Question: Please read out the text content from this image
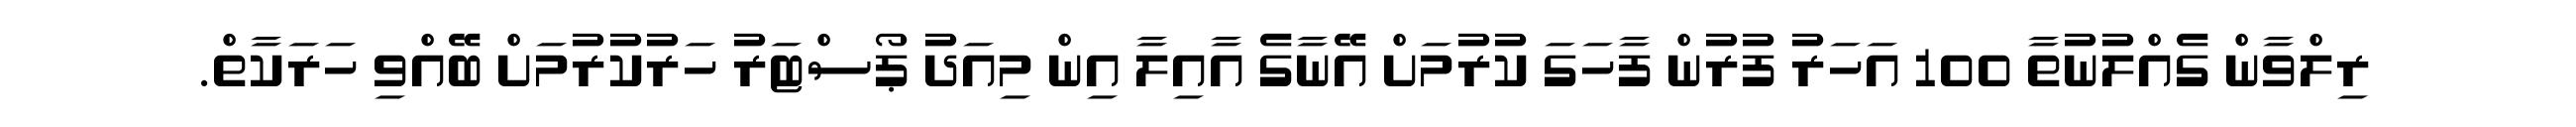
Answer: ރިލްވާން ގެއްލުނުތާ 100 އަހަރު ފުރުން ފާހަގަ ކުރުމަށް އޭނާގެ އާއިލާ އިން މިއަދު ޕޯސްޓަރު ހަރުކުރުމަށް ބޭއްވި ހަރަކާތް.